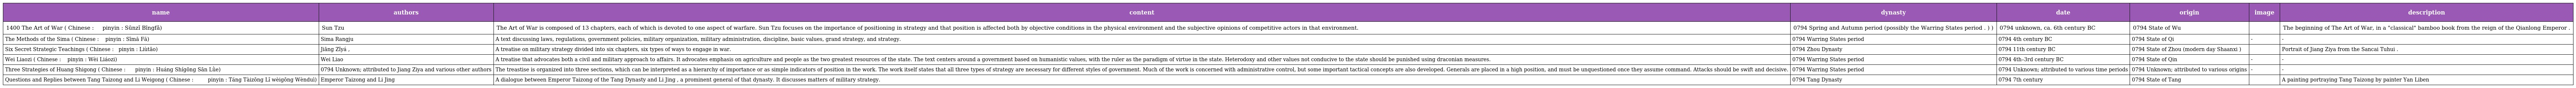
| name | authors | content | dynasty | date | origin | image | description |
 | --- | --- | --- | --- | --- | --- | --- | --- |
 | 1400 The Art of War ( Chinese : 孫 子 兵 法 pinyin : Sūnzǐ Bīngfǎ) | Sun Tzu | The Art of War is composed of 13 chapters, each of which is devoted to one aspect of warfare. Sun Tzu focuses on the importance of positioning in strategy and that position is affected both by objective conditions in the physical environment and the subjective opinions of competitive actors in that environment. | 0794 Spring and Autumn period (possibly the Warring States period . ) ) | 0794 unknown, ca. 6th century BC | 0794 State of Wu |  | The beginning of The Art of War, in a "classical" bamboo book from the reign of the Qianlong Emperor . |
 | The Methods of the Sima ( Chinese : 司 馬 法 pinyin : Sīmă Fă) | Sima Rangju | A text discussing laws, regulations, government policies, military organization, military administration, discipline, basic values, grand strategy, and strategy. | 0794 Warring States period | 0794 4th century BC | 0794 State of Qi | - | - |
 | Six Secret Strategic Teachings ( Chinese : 六 韬 pinyin : Liùtāo) | Jiāng Zǐyá , | A treatise on military strategy divided into six chapters, six types of ways to engage in war. | 0794 Zhou Dynasty | 0794 11th century BC | 0794 State of Zhou (modern day Shaanxi ) |  | Portrait of Jiang Ziya from the Sancai Tuhui . |
 | Wei Liaozi ( Chinese : 尉 繚 子 pinyin : Wèi Liáozi) | Wei Liao | A treatise that advocates both a civil and military approach to affairs. It advocates emphasis on agriculture and people as the two greatest resources of the state. The text centers around a government based on humanistic values, with the ruler as the paradigm of virtue in the state. Heterodoxy and other values not conducive to the state should be punished using draconian measures. | 0794 Warring States period | 0794 4th–3rd century BC | 0794 State of Qin | - | - |
 | Three Strategies of Huang Shigong ( Chinese : 黄 石 公 三 略 pinyin : Huáng Shígōng Sān Lǜe) | 0794 Unknown; attributed to Jiang Ziya and various other authors | The treastise is organized into three sections, which can be interpreted as a hierarchy of importance or as simple indicators of position in the work. The work itself states that all three types of strategy are necessary for different styles of government. Much of the work is concerned with administrative control, but some important tactical concepts are also developed. Generals are placed in a high position, and must be unquestioned once they assume command. Attacks should be swift and decisive. | 0794 Warring States period | 0794 Unknown; attributed to various time periods | 0794 Unknown; attributed to various origins | - | - |
 | Questions and Replies between Tang Taizong and Li Weigong ( Chinese : 唐 太 宗 李 衛 公 問 對 pinyin : Táng Tàizōng Lĭ wèigōng Wènduì) | Emperor Taizong and Li Jing | A dialogue between Emperor Taizong of the Tang Dynasty and Li Jing , a prominent general of that dynasty. It discusses matters of military strategy. | 0794 Tang Dynasty | 0794 7th century | 0794 State of Tang |  | A painting portraying Tang Taizong by painter Yan Liben |